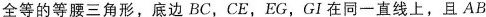
全等的等腰三角形，底边BC，CE，EG，GI在同一直线上，且$$A B